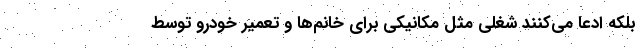
بلکه ادعا می‌کنند شغلی مثل مکانیکی برای خانم‌ها و تعمیر خودرو توسط